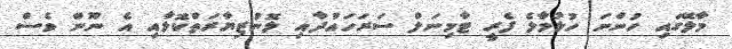
މާލޭގައި ހުންނަ ހުޅުމާލެ ފެރީ ޓާމިނަލް ސަރަހައްދާއި ލޮނުޒިޔާރަތްކޮޅާއި އެ ނޫން ވެސް